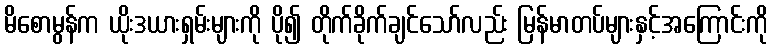
မိစောမွန်က ယိုးဒယားရှမ်းများကို ပို၍ တိုက်ခိုက်ချင်သော်လည်း မြန်မာတပ်များနှင့်အကြောင်းကို